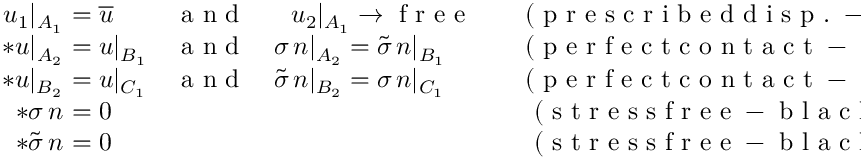
\begin{array} { r } { \begin{array} { r l l l l l } { u _ { 1 } \vert _ { A _ { 1 } } } & { \! \! \! \! = \overline { { u } } } & { \mathrm { ~ a ~ n ~ d ~ } \quad \, \, \, \, u _ { 2 } \vert _ { A _ { 1 } } \to \mathrm { ~ f ~ r ~ e ~ e ~ } } & { \quad ( \mathrm { ~ p ~ r ~ e ~ s ~ c ~ r ~ i ~ b ~ e ~ d ~ d ~ i ~ s ~ p ~ . ~ - ~ g ~ r ~ e ~ e ~ n ~ } ) } & { \mathrm { ~ o ~ n ~ } } & { A _ { 1 } } \\ { * u \vert _ { A _ { 2 } } } & { \! \! \! \! = u \vert _ { B _ { 1 } } } & { \mathrm { ~ a ~ n ~ d ~ } \quad \sigma \, n \vert _ { A _ { 2 } } = \widetilde { \sigma } \, n \vert _ { B _ { 1 } } } & { \quad ( \mathrm { ~ p ~ e ~ r ~ f ~ e ~ c ~ t ~ c ~ o ~ n ~ t ~ a ~ c ~ t ~ - ~ r ~ e ~ d ~ } ) } & { \mathrm { ~ o ~ n ~ } } & { A _ { 2 } \equiv B _ { 1 } } \\ { * u \vert _ { B _ { 2 } } } & { \! \! \! \! = u \vert _ { C _ { 1 } } } & { \mathrm { ~ a ~ n ~ d ~ } \quad \widetilde { \sigma } \, n \vert _ { B _ { 2 } } = \sigma \, n \vert _ { C _ { 1 } } } & { \quad ( \mathrm { ~ p ~ e ~ r ~ f ~ e ~ c ~ t ~ c ~ o ~ n ~ t ~ a ~ c ~ t ~ - ~ r ~ e ~ d ~ } ) } & { \mathrm { ~ o ~ n ~ } } & { B _ { 2 } \equiv C _ { 1 } } \\ { * \sigma \, n } & { \! \! \! \! = 0 } & { } & { \quad \mathrm { ~ ( ~ s ~ t ~ r ~ e ~ s ~ s ~ f ~ r ~ e ~ e ~ - ~ b ~ l ~ a ~ c ~ k ~ ) ~ } } & { \mathrm { ~ o ~ n ~ } } & { A _ { 3 } , A _ { 4 } , C _ { 2 } , C _ { 3 } , C _ { 4 } } \\ { * \widetilde { \sigma } \, n } & { \! \! \! \! = 0 } & { } & { \quad \mathrm { ~ ( ~ s ~ t ~ r ~ e ~ s ~ s ~ f ~ r ~ e ~ e ~ - ~ b ~ l ~ a ~ c ~ k ~ ) ~ } } & { \mathrm { ~ o ~ n ~ } } & { B _ { 3 } , B _ { 4 } } \end{array} } \end{array}